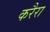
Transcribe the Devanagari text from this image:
करैरा